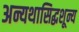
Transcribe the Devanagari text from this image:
अन्यथासिद्धशून्य